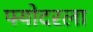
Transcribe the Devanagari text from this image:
फ्योदरला